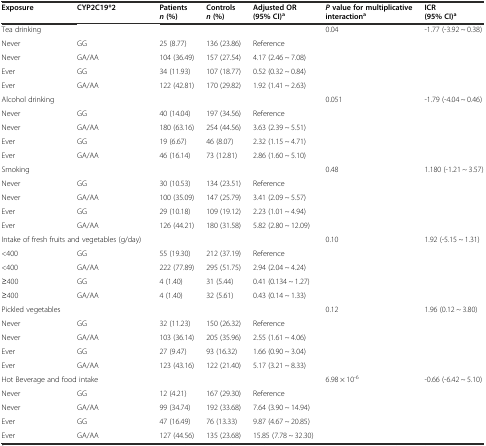
<table><thead><tr><td><b>Exposure</b></td><td><b>CYP2C19*2</b></td><td><b>Patients<i>n</i>(%)</b></td><td><b>Controls<i>n</i>(%)</b></td><td><b>Adjusted OR (95% CI)<sup>a</sup></b></td><td><b><i>P</i>value for multiplicative interaction<sup>a</sup></b></td><td><b>ICR (95% CI)<sup>a</sup></b></td></tr></thead><tbody><tr><td colspan="2">Tea drinking</td><td></td><td></td><td></td><td>0.04</td><td>-1.77 (-3.92 ~ 0.38)</td></tr><tr><td>Never</td><td>GG</td><td>25 (8.77)</td><td>136 (23.86)</td><td>Reference</td><td></td><td></td></tr><tr><td>Never</td><td>GA/AA</td><td>104 (36.49)</td><td>157 (27.54)</td><td>4.17 (2.46 ~ 7.08)</td><td></td><td></td></tr><tr><td>Ever</td><td>GG</td><td>34 (11.93)</td><td>107 (18.77)</td><td>0.52 (0.32 ~ 0.84)</td><td></td><td></td></tr><tr><td>Ever</td><td>GA/AA</td><td>122 (42.81)</td><td>170 (29.82)</td><td>1.92 (1.41 ~ 2.63)</td><td></td><td></td></tr><tr><td colspan="2">Alcohol drinking</td><td></td><td></td><td></td><td>0.051</td><td>-1.79 (-4.04 ~ 0.46)</td></tr><tr><td>Never</td><td>GG</td><td>40 (14.04)</td><td>197 (34.56)</td><td>Reference</td><td></td><td></td></tr><tr><td>Never</td><td>GA/AA</td><td>180 (63.16)</td><td>254 (44.56)</td><td>3.63 (2.39 ~ 5.51)</td><td></td><td></td></tr><tr><td>Ever</td><td>GG</td><td>19 (6.67)</td><td>46 (8.07)</td><td>2.32 (1.15 ~ 4.71)</td><td></td><td></td></tr><tr><td>Ever</td><td>GA/AA</td><td>46 (16.14)</td><td>73 (12.81)</td><td>2.86 (1.60 ~ 5.10)</td><td></td><td></td></tr><tr><td>Smoking</td><td></td><td></td><td></td><td></td><td>0.48</td><td>1.180 (-1.21 ~ 3.57)</td></tr><tr><td>Never</td><td>GG</td><td>30 (10.53)</td><td>134 (23.51)</td><td>Reference</td><td></td><td></td></tr><tr><td>Never</td><td>GA/AA</td><td>100 (35.09)</td><td>147 (25.79)</td><td>3.41 (2.09 ~ 5.57)</td><td></td><td></td></tr><tr><td>Ever</td><td>GG</td><td>29 (10.18)</td><td>109 (19.12)</td><td>2.23 (1.01 ~ 4.94)</td><td></td><td></td></tr><tr><td>Ever</td><td>GA/AA</td><td>126 (44.21)</td><td>180 (31.58)</td><td>5.82 (2.80 ~ 12.09)</td><td></td><td></td></tr><tr><td colspan="2">Intake of fresh fruits and vegetables (g/day)</td><td></td><td></td><td></td><td>0.10</td><td>1.92 (-5.15 ~ 1.31)</td></tr><tr><td>&lt;400</td><td>GG</td><td>55 (19.30)</td><td>212 (37.19)</td><td>Reference</td><td></td><td></td></tr><tr><td>&lt;400</td><td>GA/AA</td><td>222 (77.89)</td><td>295 (51.75)</td><td>2.94 (2.04 ~ 4.24)</td><td></td><td></td></tr><tr><td>≥400</td><td>GG</td><td>4 (1.40)</td><td>31 (5.44)</td><td>0.41 (0.134 ~ 1.27)</td><td></td><td></td></tr><tr><td>≥400</td><td>GA/AA</td><td>4 (1.40)</td><td>32 (5.61)</td><td>0.43 (0.14 ~ 1.33)</td><td></td><td></td></tr><tr><td colspan="2">Pickled vegetables</td><td></td><td></td><td></td><td>0.12</td><td>1.96 (0.12 ~ 3.80)</td></tr><tr><td>Never</td><td>GG</td><td>32 (11.23)</td><td>150 (26.32)</td><td>Reference</td><td></td><td></td></tr><tr><td>Never</td><td>GA/AA</td><td>103 (36.14)</td><td>205 (35.96)</td><td>2.55 (1.61 ~ 4.06)</td><td></td><td></td></tr><tr><td>Ever</td><td>GG</td><td>27 (9.47)</td><td>93 (16.32)</td><td>1.66 (0.90 ~ 3.04)</td><td></td><td></td></tr><tr><td>Ever</td><td>GA/AA</td><td>123 (43.16)</td><td>122 (21.40)</td><td>5.17 (3.21 ~ 8.33)</td><td></td><td></td></tr><tr><td colspan="3">Hot Beverage and food intake</td><td></td><td></td><td>6.98 × 10<sup>-6</sup></td><td>-0.66 (-6.42 ~ 5.10)</td></tr><tr><td>Never</td><td>GG</td><td>12 (4.21)</td><td>167 (29.30)</td><td>Reference</td><td></td><td></td></tr><tr><td>Never</td><td>GA/AA</td><td>99 (34.74)</td><td>192 (33.68)</td><td>7.64 (3.90 ~ 14.94)</td><td></td><td></td></tr><tr><td>Ever</td><td>GG</td><td>47 (16.49)</td><td>76 (13.33)</td><td>9.87 (4.67 ~ 20.85)</td><td></td><td></td></tr><tr><td>Ever</td><td>GA/AA</td><td>127 (44.56)</td><td>135 (23.68)</td><td>15.85 (7.78 ~ 32.30)</td><td></td><td></td></tr></tbody></table>